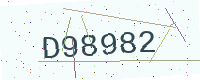
Text: D98982